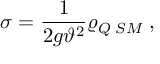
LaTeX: \sigma = \frac { 1 } { 2 g \vartheta ^ { 2 } } \varrho _ { Q \; S M } \; ,